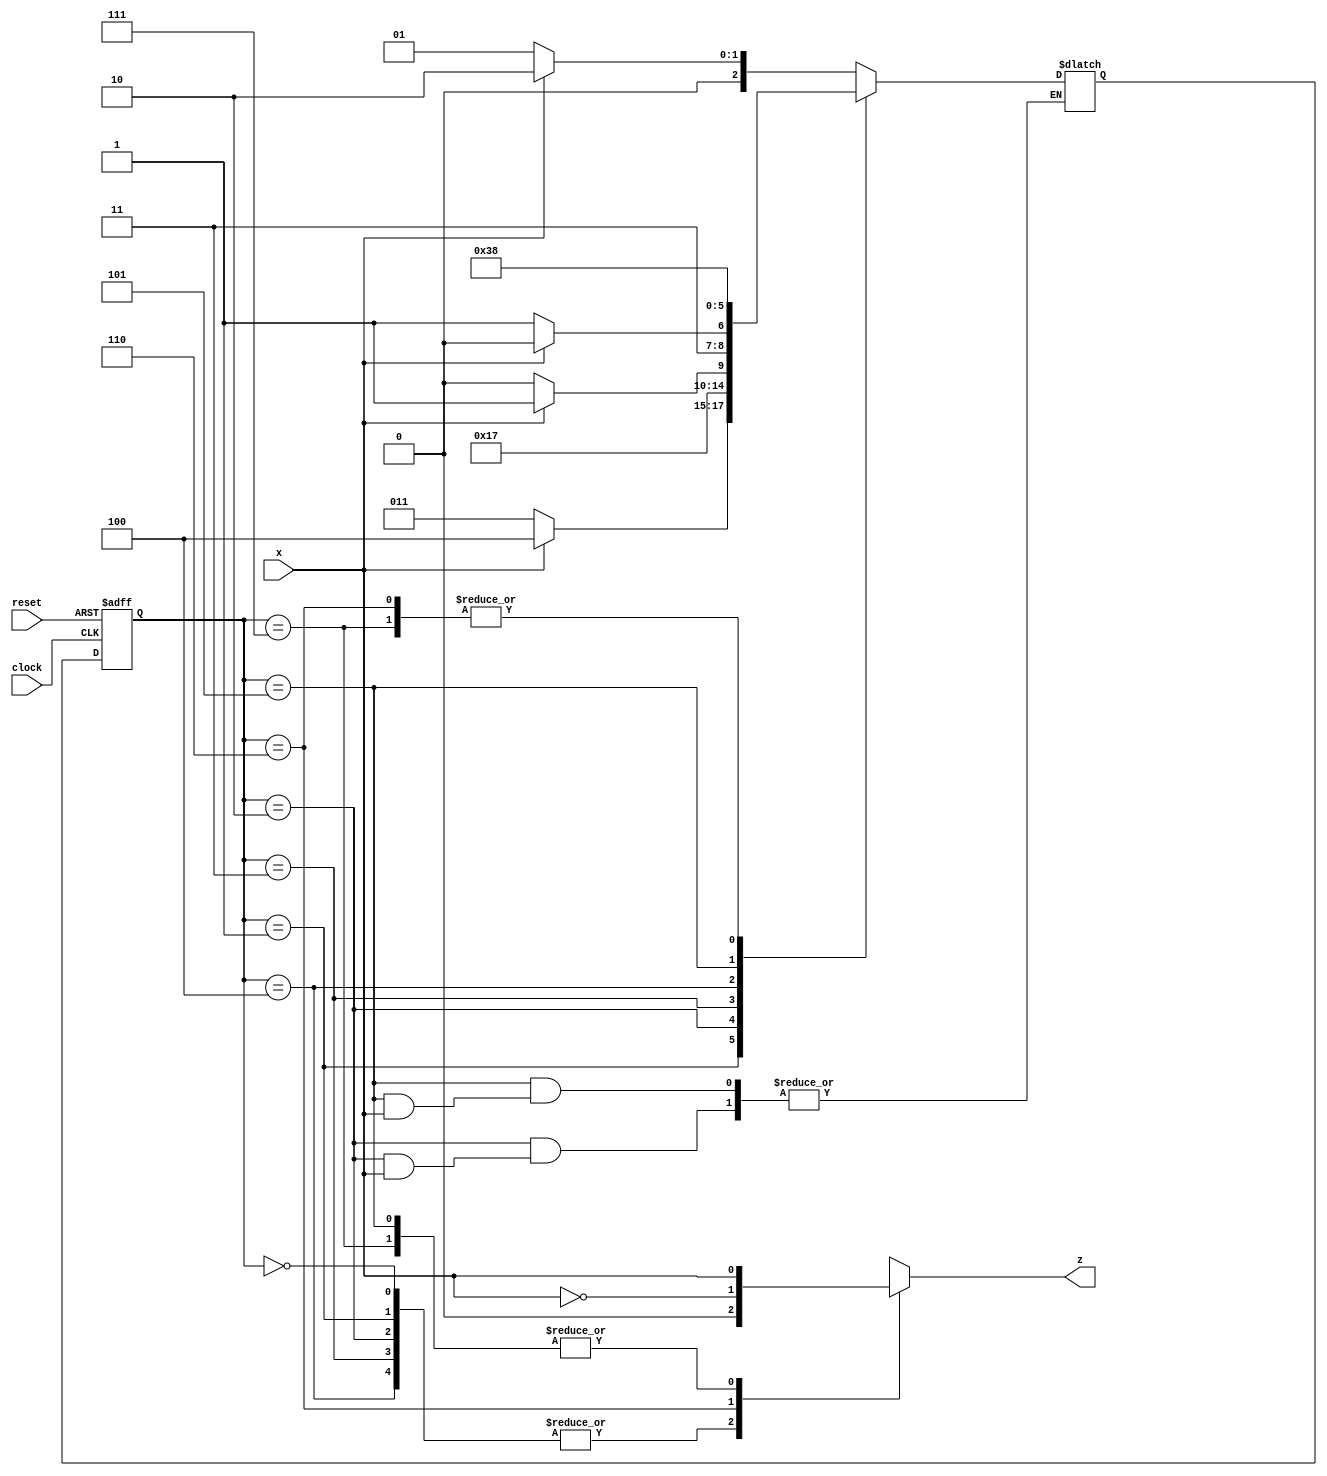
module Lab3_BCD_OPG_state_diagram (output z, 
                                   input x, clock, reset);
    
    reg [2:0] state;
    reg [2:0] next_state;
    reg z;
    parameter [2:0]S0 = 3'b000, S1 = 3'b001, 
                   S2 = 3'b010, S3 = 3'b011,
                   S4 = 3'b100, S5 = 3'b101, 
                   S6 = 3'b110, S7 = 3'b111;


    always @(posedge clock, negedge reset)
            if (~reset)
                state <= S0;
            else       
                state <= next_state;

    always @(*)
        case (state)
            S0 : if(x)
                  next_state = S2;  
                 else 
                  next_state = S1;

            S1 : if(x)
                  next_state = S4; 
                 else next_state = S3;  
            S2 : if(~x)next_state = S5;  
            S3 : if(x) next_state = S7;  
                 else next_state = S6;   
            S4 : if(x)next_state = S6;  
                 else next_state = S7;   
            S5 : if(~x)next_state = S7;  
            S6 : next_state = S0;   
            S7 : next_state = S0;  
           endcase
        

    always @(state, x)
    
        case (state)
            S0, S1, S2, S3, S4 : z = 1'b0; 
            S6 : z = ~x;
            S5, S7 : z = x;
        endcase


endmodule